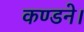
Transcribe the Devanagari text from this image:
कण्डने।